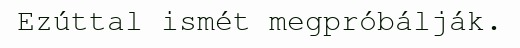
Ezúttal ismét megpróbálják.